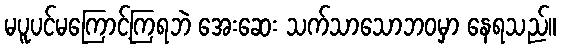
မပူပင်မကြောင့်ကြရဘဲ အေးဆေး သက်သာသောဘဝမှာ နေရသည်။